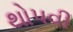
થોપવી